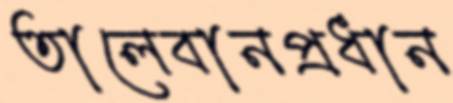
তালেবানপ্রধান